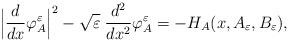
LaTeX: \begin{align*} \Big|\frac{d}{dx}\varphi_A^\varepsilon\Big|^2-\sqrt{\varepsilon}\;\frac{d^2}{dx^2}\varphi_A^\varepsilon=-H_A(x,A_\varepsilon,B_\varepsilon),\end{align*}